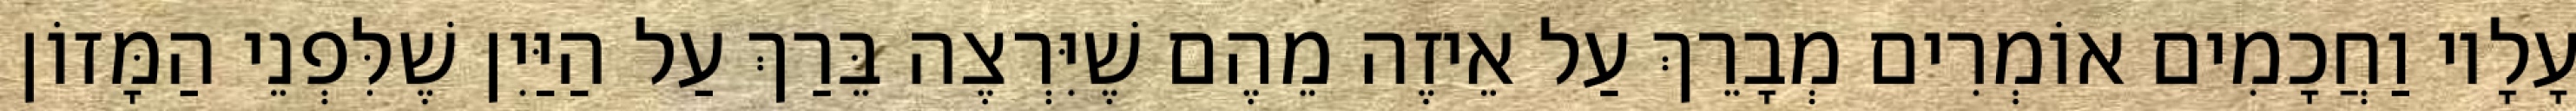
עָלָיו וַחֲכָמִים אוֹמְרִים מְבָרֵךְ עַל אֵיזֶה מֵהֶם שֶׁיִּרְצֶה בֵּרַךְ עַל הַיַּיִן שֶׁלִּפְנֵי הַמָּזוֹן